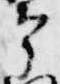
宰